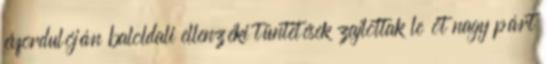
évfordulóján baloldali ellenzéki tüntetések zajlottak le öt nagy párt